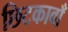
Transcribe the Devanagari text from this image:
छिटकावाँ